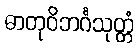
ဓာတုဝိဘင်္ဂသုတ္တံ